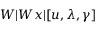
W | W x | [ u , \lambda , \gamma ]